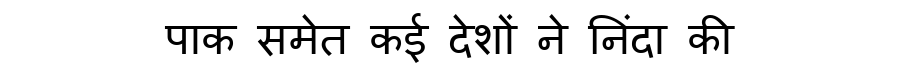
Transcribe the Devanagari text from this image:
पाक समेत कई देशों ने निंदा की